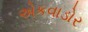
એકવાડોર